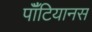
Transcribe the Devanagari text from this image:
पॉँटियानस